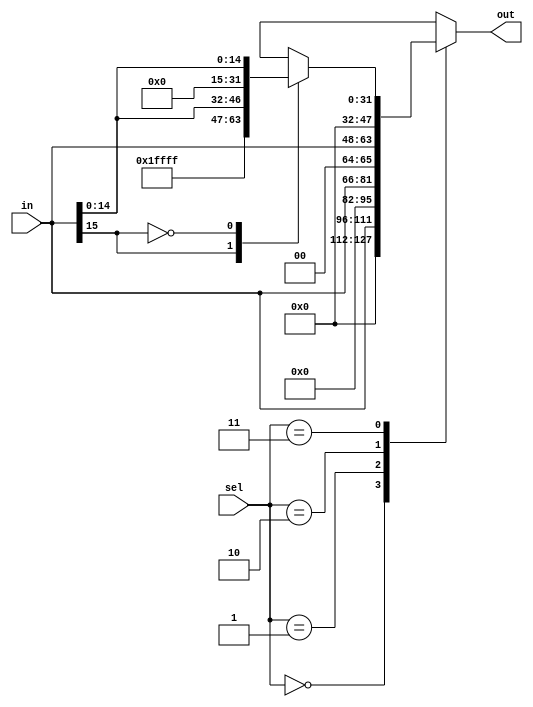
`timescale 1ns / 1ps
//////////////////////////////////////////////////////////////////////////////////
// Company: 
// Engineer: 
// 
// Design Name: 
// Module Name:    SE_ZE_SHFT 
// Project Name: 
// Target Devices: 
// Tool versions: 
// Description: 
//
// Dependencies: 
//
// Revision: 
// Revision 0.01 - File Created
// Additional Comments: 
//
//////////////////////////////////////////////////////////////////////////////////
module SE_ZE_SHFT(in, out, sel);
input [15:0] in;
input [1:0] sel;
output reg [31:0] out;
//
always@(*)
	begin
		case(sel)
			2'b00: out <= {16'b0000000000000000,in}; //ZERO EXTEND
			2'b01: out <= {14'b00000000000000,in,2'b00}; //2 SHIFT LEFT
			2'b10: out <= {in,16'b0000000000000000};//ZERO EXTEND OPTION 2 FOR LUI
			2'b11: begin case(in[15]) //SIGN EXTEND
								1'b1: out <= {16'b1111111111111111,in};
								1'b0: out <= {16'b0000000000000000,in};
							 endcase
					 end
		endcase
	end	
endmodule